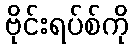
ဗိုင်းရပ်စ်ကို